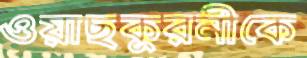
ওয়াছকুরনীকে